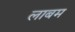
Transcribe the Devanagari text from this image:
लाबम